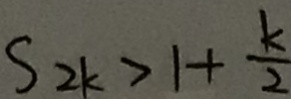
S _ { 2 k } > 1 + \frac { k } { 2 }